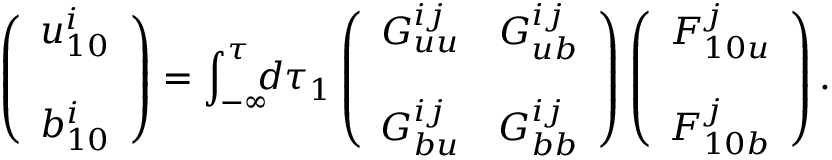
\left( { \begin{array} { c } { u _ { 1 0 } ^ { i } } \\ { b _ { 1 0 } ^ { i } \rule { 0 ex } { 5 ex } } \end{array} } \right) = \int _ { - \infty } ^ { \tau } \! \! \! d \tau _ { 1 } \left( { \begin{array} { c c } { G _ { u u } ^ { i j } } & { G _ { u b } ^ { i j } } \\ { G _ { b u } ^ { i j } } & { G _ { b b } ^ { i j } \rule { 0 ex } { 5 ex } } \end{array} } \right) \left( { \begin{array} { c } { F _ { 1 0 u } ^ { j } } \\ { F _ { 1 0 b } ^ { j } \rule { 0 ex } { 5 ex } } \end{array} } \right) .